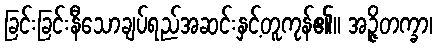
ခြင်းခြင်းနီသောချပ်ရည်အဆင်းနှင့်တူကုန်၏။ အဉ္ဇိတက္ခာ၊